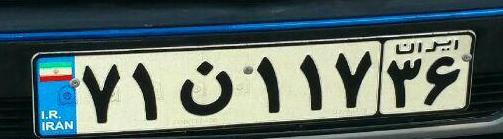
۷۱ن۱۱۷۳۶